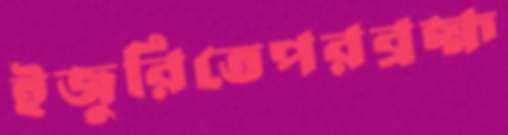
ইজুরিতেপরব্রহ্ম